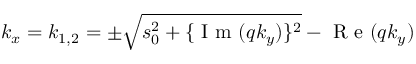
k _ { x } = k _ { 1 , 2 } = \pm \sqrt { s _ { 0 } ^ { 2 } + \{ \mathrm { ~ I ~ m ~ } ( q k _ { y } ) \} ^ { 2 } } - \mathrm { ~ R ~ e ~ } ( q k _ { y } )